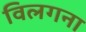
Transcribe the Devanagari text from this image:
विलगना